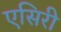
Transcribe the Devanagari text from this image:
एसिरी